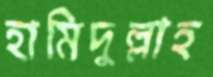
হামিদুল্লাহ